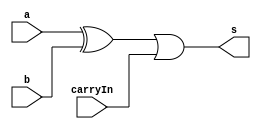
/*
 * Exemplo_0804 - GATES
 * Nome Gabriel Vargas Bento de Souza
*/

// -------------------------
// is Different
// -------------------------
module isDifferent ( output s,
                     input  a, b,
                     input  carryIn );

   // temporario
   wire tmp;

   // descrever por portas e/ou modulos
   xor XOR1 (tmp, a, b);
   or  OR1  (s, tmp, carryIn);

endmodule // isDifferent

// -------------------------
// main
// -------------------------
module test_isDifferent;
   
   // definir dados
   reg  [4:0] x;
   reg  [4:0] y;
   wire [4:0] diferenca;
   wire result;

   //              ( s,            a,    b,    carryIn  );
   isDifferent IE0 ( diferenca[0], x[0], y[0], 1'b0 );
   isDifferent IE1 ( diferenca[1], x[1], y[1], diferenca[0] );
   isDifferent IE2 ( diferenca[2], x[2], y[2], diferenca[1] );
   isDifferent IE3 ( diferenca[3], x[3], y[3], diferenca[2] );
   isDifferent IE4 ( diferenca[4], x[4], y[4], diferenca[3] );

   or OR1 (result, diferenca[4], 0);
   
   // parte principal
   initial
   begin : main
      $display("Exemplo_0804 - Gabriel Vargas Bento de Souza - 778023");
      $display("ALU's is Different\n");
      $display("  x       y     isDifferent(x,y)  ");

      // projetar testes de diferencas
         $monitor("%5b %7b %10b", x, y, result);
         x = 5'b00111; y = 5'b00111;
      #1 x = 5'b11001; y = 5'b01101;
      #1 x = 5'b00001; y = 5'b00001;
      #1 x = 5'b01000; y = 5'b10101;
      #1 x = 5'b00000; y = 5'b01011;
   end
endmodule // test_isDifferent

// -------------------------
// test
// -------------------------
/*
---------- previsao ----------

    x        y      diferente?
  00111    00111        0
  11001    01101        1
  00001    00001        0
  01000    10101        1
  00000    01011        1

---------- execucao ----------

C:\Users\Gabriel\Desktop\CC-PUC\2Periodo\ARQ1\Tarefas\Guia08>vvp Exemplo_0804.vvp
Exemplo_0804 - Gabriel Vargas Bento de Souza - 778023
ALU's is Different

  x       y     isDifferent(x,y)
00111   00111          0
11001   01101          1
00001   00001          0
01000   10101          1
00000   01011          1
*/